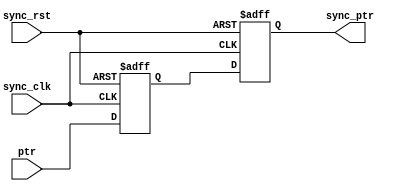
// Raj Patel
// Reference: Clifford E. Cummings, Simulation and Synthesis Techniques for Asynchronous FIFO Design
// http://www.sunburst-design.com/papers/CummingsSNUG2002SJ_FIFO1.pdf

module sync_ptr #(parameter ASIZE=32)
                (output reg [ASIZE:0] sync_ptr,
                input [ASIZE:0] ptr,
                input sync_clk, sync_rst);

    reg [ASIZE:0] t_ptr;

    always @(posedge sync_clk, negedge sync_rst)
        if(!sync_rst) {sync_ptr, t_ptr} <= 0;
        else        {sync_ptr, t_ptr} <= {t_ptr,ptr};

endmodule